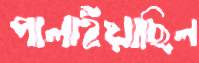
পালাইয়াছিল